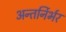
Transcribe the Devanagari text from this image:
अन्तर्निर्भर